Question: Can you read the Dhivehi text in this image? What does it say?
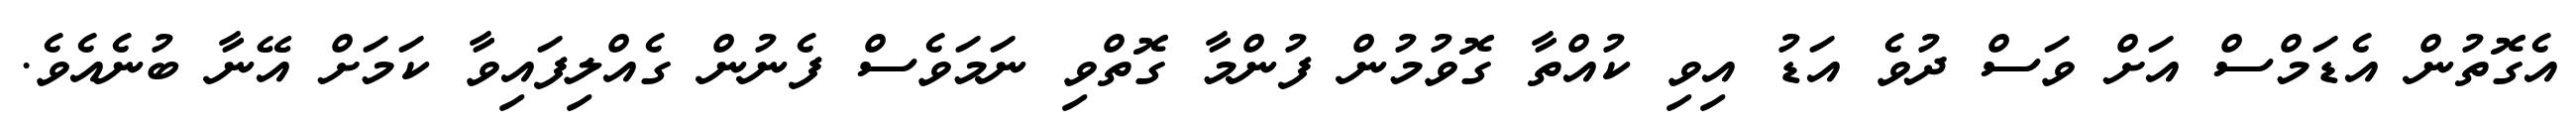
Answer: އެގޮތުން އެޑަމްސް އަށް ވަސް ދުވެ އަޑު އިވި ކުއްތާ ގޮވުމުން ފުންމާ ގޮތްވި ނަމަވެސް ފެނުން ގެއްލިފައިވާ ކަމަށް އޭނާ ބުނެއެވެ.